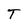
Character: T